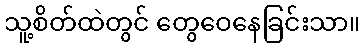
သူ့စိတ်ထဲတွင် တွေဝေနေခြင်းသာ။